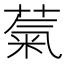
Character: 𫉀